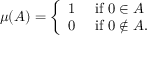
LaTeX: \mu ( A ) = { \left\{ \begin{array} { l l } { 1 } & { { \mathrm { ~ i f ~ } } 0 \in A } \\ { 0 } & { { \mathrm { ~ i f ~ } } 0 \notin A . } \end{array} \right. }